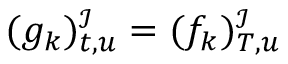
( g _ { k } ) _ { t , u } ^ { \mathcal { I } } = ( f _ { k } ) _ { T , u } ^ { \mathcal { I } }